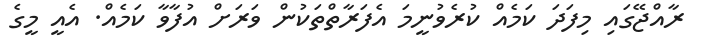
ރާއްޖޭގައި މިފަދަ ކަމެއް ކުރެވުނީމަ އެފަރާތްތަކުން ވަރަށް އުފާވާ ކަމެއް. އެއީ މީގެ